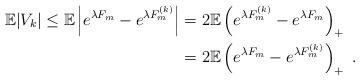
LaTeX: \begin{align*}\mathbb{E}|V_k| \leq \mathbb{E}\left| e^{\lambda F_m}-e^{\lambda F_m^{(k)}}\right| &= 2 \mathbb{E} \left( e^{\lambda F_m^{(k)}}-e^{\lambda F_m} \right)_+ \\&= 2 \mathbb{E} \left( e^{\lambda F_m}-e^{\lambda F_m^{(k)}} \right)_+ \ .\end{align*}